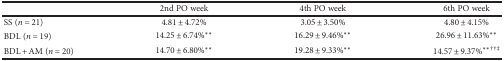
|  | 2nd PO week | 4th PO week | 6th PO week |
 | --- | --- | --- | --- |
 | SS (n = 21) | 4.81 ± 4.72% | 3.05 ± 3.50% | 4.80 ± 4.15% |
 | BDL (n = 19) | 14.25 ± 6.74%∗∗ | 16.29 ± 9.46%∗∗ | 26.96 ± 11.63%∗∗ |
 | BDL + AM (n = 20) | 14.70 ± 6.80%∗∗ | 19.28 ± 9.33%∗∗ | 14.57 ± 9.37%∗∗††‡ |